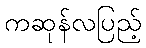
ကဆုန်လပြည့်